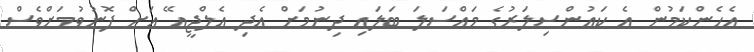
އެހެންކަމުން އެ ކައުންސިލަރުގެ މައްސަލަ ބަލައި ދިނުމަށް އެދި އެލްޖީއޭ އަށް ފޮނުވުމަށްވެސް